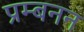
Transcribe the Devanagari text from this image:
प्रम्बनन